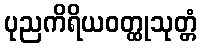
ပုညကိရိယဝတ္ထုသုတ္တံ